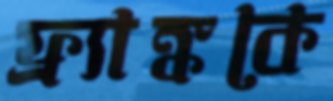
ফ্র্যাঙ্ককে